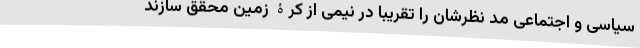
سیاسی و اجتماعی مد نظرشان را تقریبا در نیمی از کرۀ زمین محقق سازند